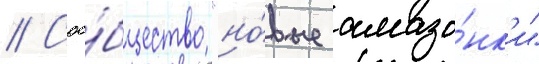
// Соо́бщество "но́вые амазо́нк'и"